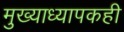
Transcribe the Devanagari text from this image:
मुख्याध्यापकही